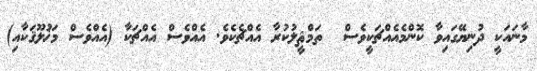
މާނައަކީ ދުނިޔޭގައިވާ ކޮންމެއެއްޗަކީވެސް  ތަމްޘީލުކުރާ އެއްޗެކެވެ. އެއްވެސް އެއްޗަކާ (އެއްވެސް މަޚުލޫޤަކާއި)